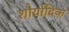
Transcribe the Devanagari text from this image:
शौर्यादिक